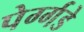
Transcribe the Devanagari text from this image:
पेर्ग्गडे